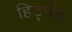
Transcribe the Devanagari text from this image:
हिट्चेंस